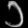
Digit: ၁